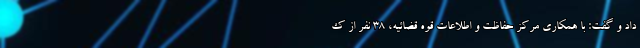
داد و گفت: با همکاری مرکز حفاظت و اطلاعات قوه قضائیه، ۳۸ نفر از ک